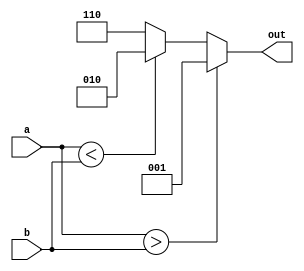
module mc(a,b,out);
  input a,b;
  output [2:0]out;
  reg [2:0]out;
  always@(*)
  begin
  if(a > b)
    out=3'b001;
  else if(a<b)
    out=3'b010;
  else
    out=3'b110;
  end
endmodule